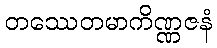
တဿေတမာကိဏ္ဏဇနံ